Leaving Certificate, 1901
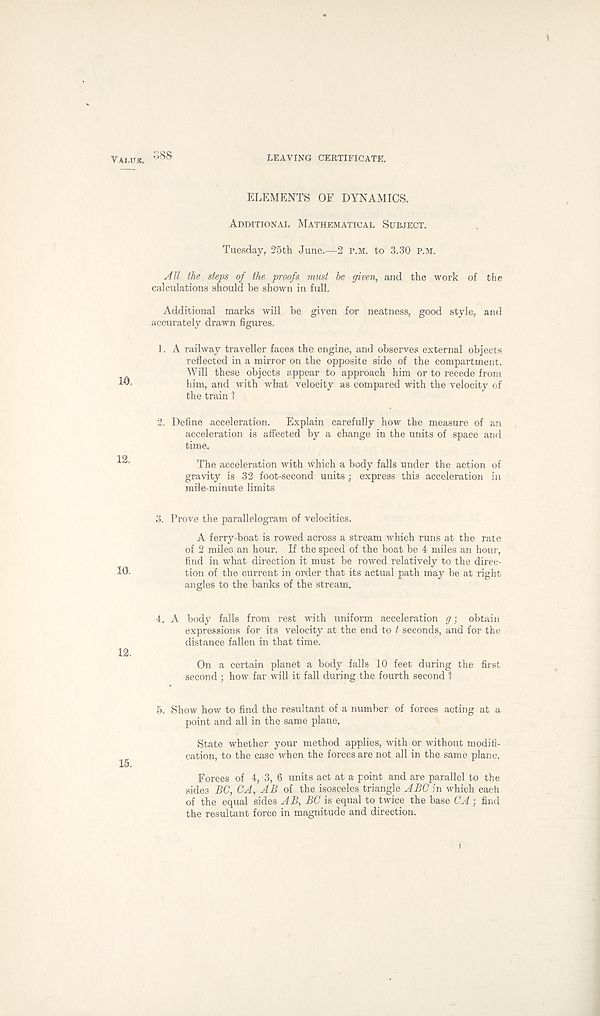
Valitk.
LEAVING CERTIFICATE.
ELEMENTS OF DYNAMICS.
Additional Mathematical Subject.
Tuesday, 25th June.—2 P.M. to 3.30 P.M.
All the steps of the proofs must he given, and the work of the
calculations should be shown in full.
Additional marks will be given for neatness, good style, and
accurately drawn figures.
1. A railway traveller faces the engine, and observes external objects
reflected in a mirror on the opposite side of the compartment.
Will these objects appear to approach him or to recede from
him, and with what velocity as compared with the velocity of
the train 1
2. Define acceleration. Explain carefully how the measure of an
acceleration is affected by a change in the units of space and
time.
The acceleration with which a body falls under the action of
gravity is 32 foot-second units ; express this acceleration in
mile-minute limits
3. Prove the parallelogram of velocities.
A ferry-boat is rowed across a stream which runs at the rate
of 2 miles an hour. If the speed of the boat be 4 miles an hour,
find in what direction it must be rowed relatively to the direc-
tion of the current in order that its actual path may be at right
angles to the banks of the stream.
4, A body falls from rest with uniform acceleration g; obtain
expressions for its velocity at the end to t seconds, and for the
distance fallen in that time.
On a certain planet a body falls 10 feet during the first
second ; how far will it fall during the fourth second 1
5. Show how to find the resultant of a number of forces acting at a
point and all in the same plane.
State whether your method applies, with or without modifi-
cation, to the case when the forces are not all in the same plane.
Forces of 4, 3, 6 units act at a point and are parallel to the
sides BC, CA, AB of the isosceles triangle ABC in which each
of the equal sides AB, BC is equal to twice the base CA ; find
the resultant force in magnitude and direction.